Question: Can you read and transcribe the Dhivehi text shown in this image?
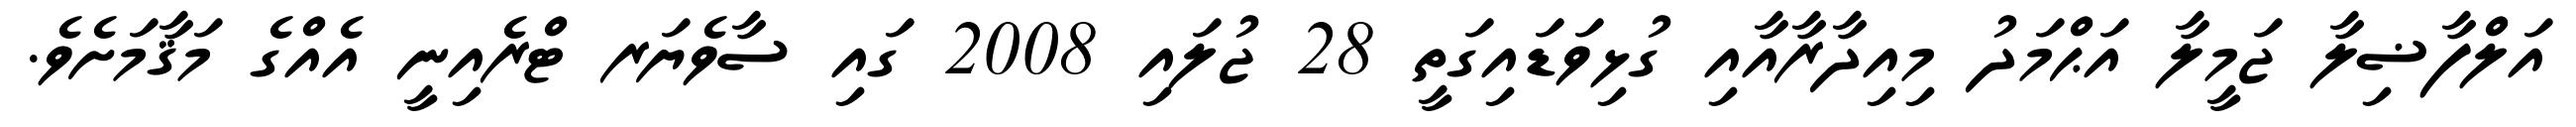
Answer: އަލްފާޟިލާ ޖަމީލާ އަޙްމަދު މިއިދާރާއާއި ގުޅިވަޑައިގަތީ 28 ޖުލައި 2008 ގައި ސާވެޔަރ ޓްރެއިނީ އެއްގެ މަޤާމަށެވެ.